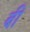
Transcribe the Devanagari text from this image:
बीं